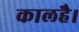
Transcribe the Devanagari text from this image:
कालहै।